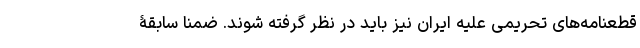
قطعنامه‌های تحریمی علیه ایران نیز باید در نظر گرفته شوند. ضمنا سابقۀ